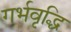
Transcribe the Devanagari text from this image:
गर्भवृद्धि